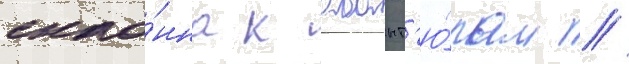
скло́нна к авант'ю́рам //